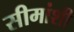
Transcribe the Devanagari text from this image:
सीमांशी